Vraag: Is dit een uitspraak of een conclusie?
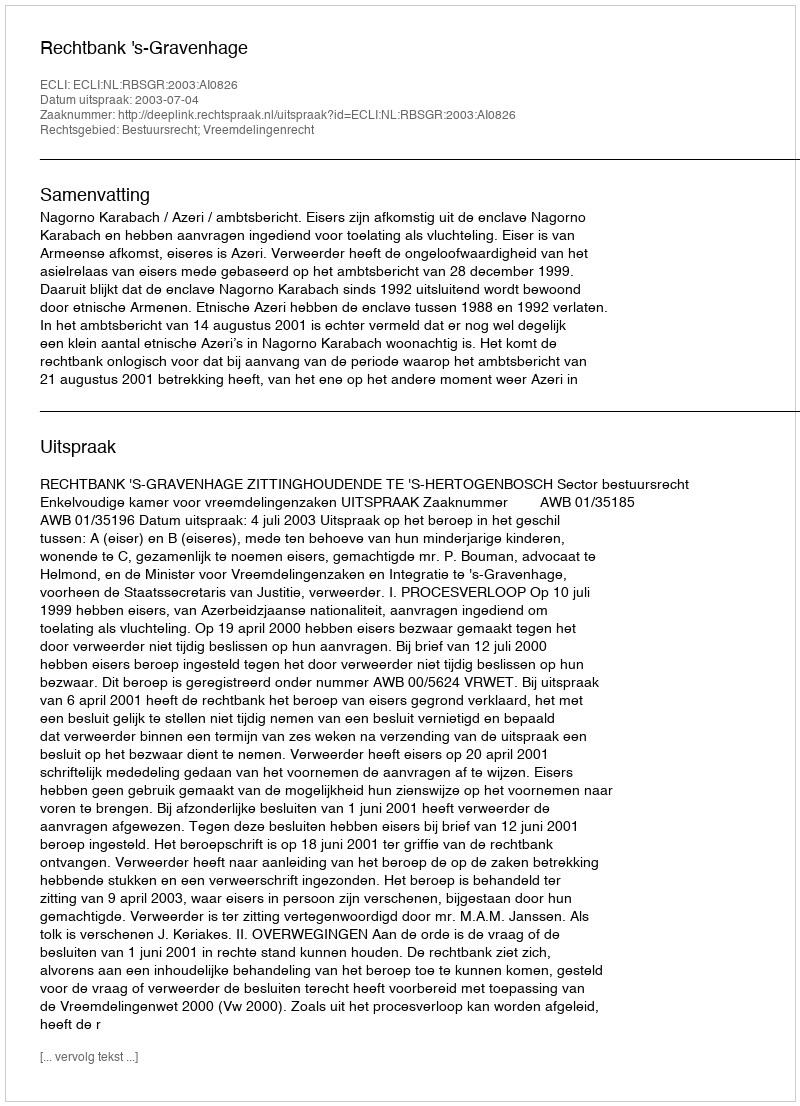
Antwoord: Uitspraak